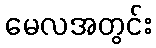
မေလအတွင်း